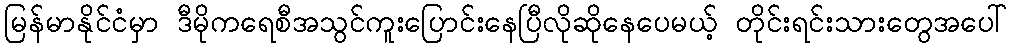
မြန်မာနိုင်ငံမှာ ဒီမိုကရေစီအသွင်ကူးပြောင်းနေပြီလိုဆိုနေပေမယ့် တိုင်းရင်းသားတွေအပေါ်